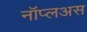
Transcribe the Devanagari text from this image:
नॉप्लअस